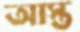
আস্ত